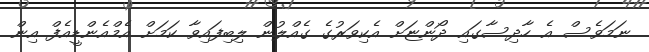
ނަމަވެސް އެ ހާދިސާގައި ދޯންޏަށް އެކިވަރުގެ ގެއްލުން ލިބިފައިވާ ކަމަށް އެމްއެންޑީއެފް އިން